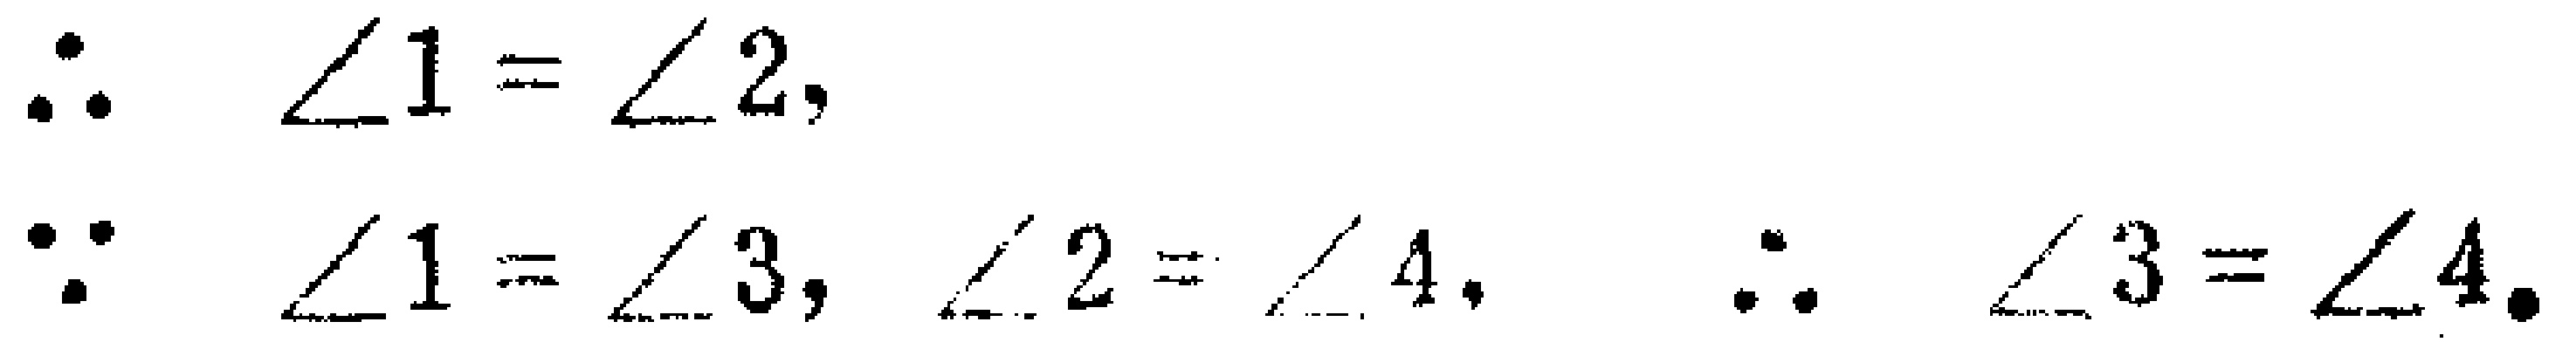
\[\because \angle 1 = \angle 2,\]
\[\because \angle 1 = \angle 3, \angle 2 = \angle 4, \therefore \angle 3 = \angle 4.\]